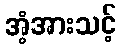
အံ့အားသင့်